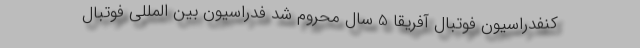
کنفدراسیون فوتبال آفریقا 5 سال محروم شد فدراسیون بین المللی فوتبال